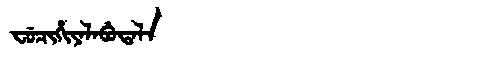
Manchu: ᠸᡠᠴᡳᡥᡳᠶᠠᠯᠠᠪᡠᡨᠠᠯᠠ
Romanization: FUCIHIYALABUTALA